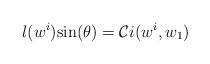
LaTeX: \begin{align*} l(w^i)\mathrm{sin}(\theta) = \mathcal{C}i(w^i,w_1)\end{align*}